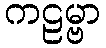
ကဠမ္ဗာ